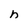
Character: h